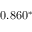
0 . 8 6 0 ^ { * }